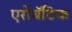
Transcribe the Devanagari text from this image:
एरोबॅटिक